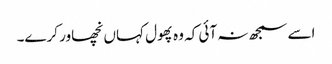
اسے سمجھ نہ آئی کہ وہ پھول کہاں نچھاور کرے۔